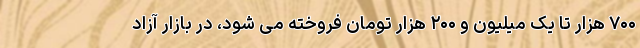
۷۰۰ هزار تا یک میلیون و ۲۰۰ هزار تومان فروخته می شود، در بازار آزاد